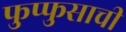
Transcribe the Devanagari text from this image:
फुप्फुसाची